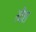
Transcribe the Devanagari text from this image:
खैश